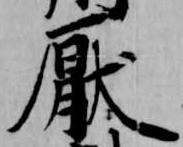
厭